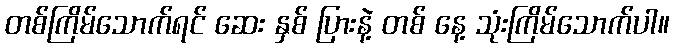
တစ်ကြိမ်သောက်ရင် ဆေး နှစ် ပြားနဲ့ တစ် နေ့ သုံးကြိမ်သောက်ပါ။